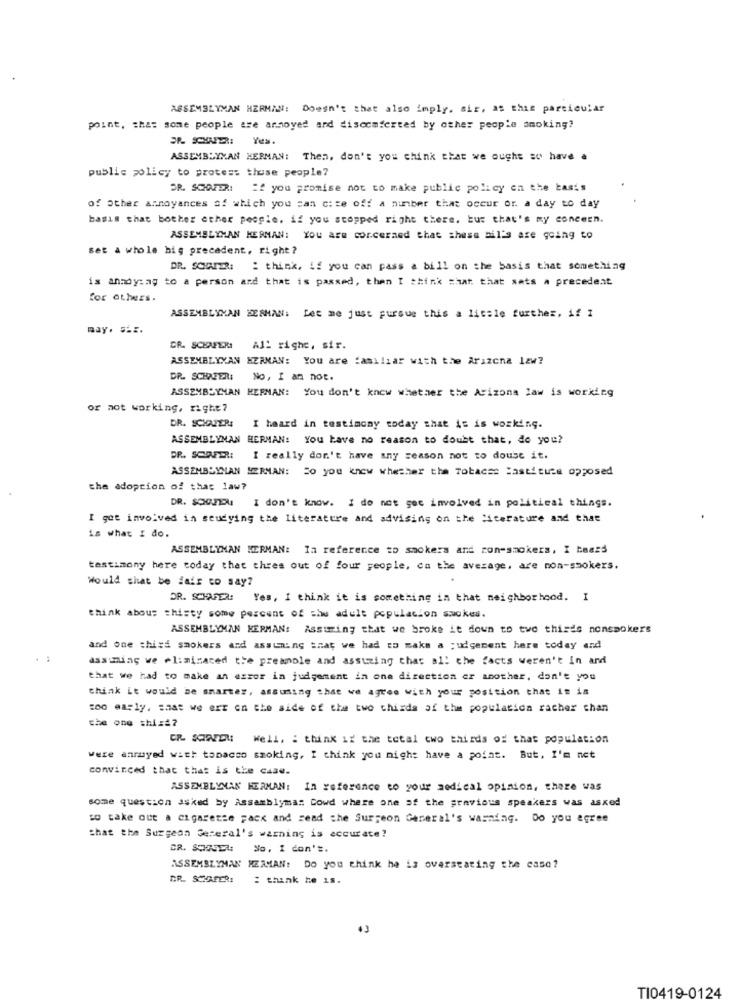
ASSEMBLYMAN HERMAN: Doesn't that also imply. sir, at this particular
point, that some people are annoyed and discomforted by other people smoking?
ASSEMBLYMAN HERMAN: Then, don't you think that we ought so have a
public policy to prote :: these people?
OR. SCHAFER: " you promise not to make public policy on the basis
of other annoyances of which you can c: ze off a number that occur or. a day to day
basis that bother other people. if you stopped right there, but that's my concern.
ASSEMBLYMAN HERMAN: You are concerned that chess mil's are going to
set a whole hig precedent, right?
DR. SORTER:
: think, if you can pass a bill on the basis that something
is annoy:ag to a person and that is passed, then I think that that sets a precedent
for others.
ASSEMBLYMAN BERMAN: Let me just pursue this a little further, if I
may. 5.2.
GR. SCHAFERI
All righe, sir.
ASSEMBLYYAN HERMAN: You are familiar with the Arizona 12w?
DR. SCHAFER:
No, I am not.
ASSEMBLYMAN HERNAN: You don't know whether the Arizona law is working
or not working, right?
DR. SCHAZERE
I heard in testimony today that is is working.
ASSEMBLYMAN HERMAN: You have no reason to doubt that, do you?
DR. SCHAFER: I really don't have any reason not to douse it.
ASSEMBLYMAN SERMAN: 20 you know whether the Tobacse lastitute opposed
the adoption of that 1aw?
DR. $OUITAI
I don't know. I do not goc involved in political things.
I got involved in studying the literature and advising on the literature and that
is what I do.
ASSEMBLYNAN HERMAN: In reference to smokers and ron-smokers, I baars
testimony here today that thres out of four people, ca the average, are non-smokers.
Would shat be fair to say?
DR. SCHAFER:
Yes, I think it is something in that neighborhood. I
think abous thisty some percent of she adult population sackes.
ASSEMBLYMAN HERMAN: Assuming that we broke it down to two thirds nonsmokers
and one third smokers and assuming that we had to make a judgement here today and
assuming we eliminated the preamble and asstring that all the facts weren't in and
that we had to make an error in judgement in one direction er another, don't you
think it would be smarter, assuming that we agree with your position that it is
too early, that we err on the side of the two thirds of the population racher chan
che one shiz#?
CR SCREEN Well, : think if the total two thirds of that population
were anmuyed with tobacco smoking, I think you might have a point. But, I'm not
convinced that that is the case.
ASSEMBLYMAN HERMAN: In reference to your medical opinion, there was
some question asked by Assamblymas Dowd where one of the previous speakers was asked
to take out a cigarette pack and send the Surgeon General's warming. Do you agree
that the Surgeon Seceral's warning is accurate?
DR. SCHAUEN: No, I don't.
ASSEMBLYMAN HERMAN: Do you think he is overstating the caso?
DR. SCHAFER:
: think he is.
TI0419-0124